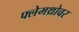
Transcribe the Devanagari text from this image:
फ्लेमथ्रोवर